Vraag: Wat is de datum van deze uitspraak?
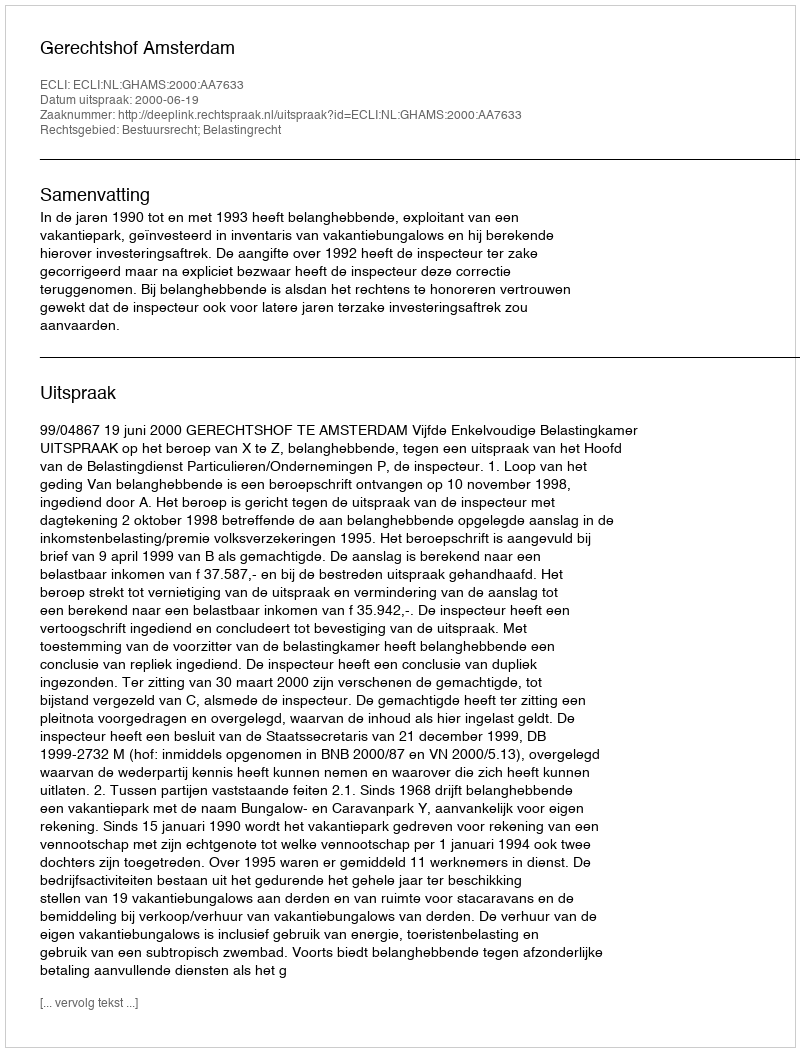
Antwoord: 2000-06-19